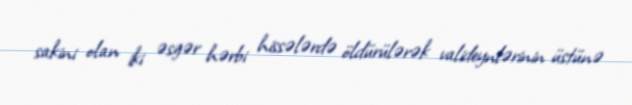
sakini olan iki əsgər hərbi hissələrdə öldürülərək valideynlərinin üstünə